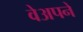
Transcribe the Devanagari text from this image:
वेअपने